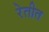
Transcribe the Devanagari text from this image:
रेतीत